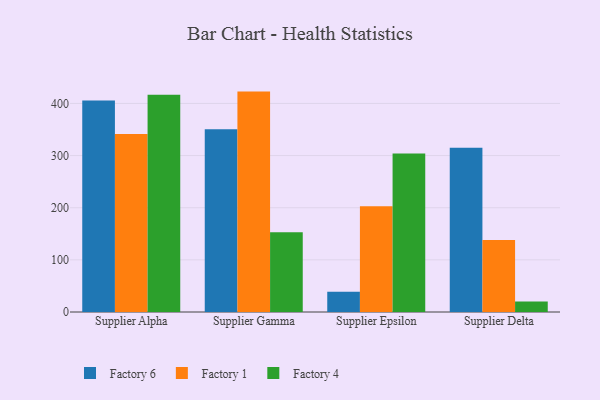
{"axis": {"x": "Supplier", "y": "Population (Million)"}, "legend": ["Factory 1", "Factory 4", "Factory 6"], "data": [{"x": "Supplier Alpha", "y": 405.7, "type": "Factory 6"}, {"x": "Supplier Alpha", "y": 341.2, "type": "Factory 1"}, {"x": "Supplier Alpha", "y": 416.8, "type": "Factory 4"}, {"x": "Supplier Gamma", "y": 350.3, "type": "Factory 6"}, {"x": "Supplier Gamma", "y": 422.7, "type": "Factory 1"}, {"x": "Supplier Gamma", "y": 153.1, "type": "Factory 4"}, {"x": "Supplier Epsilon", "y": 38.6, "type": "Factory 6"}, {"x": "Supplier Epsilon", "y": 202.6, "type": "Factory 1"}, {"x": "Supplier Epsilon", "y": 304.1, "type": "Factory 4"}, {"x": "Supplier Delta", "y": 314.8, "type": "Factory 6"}, {"x": "Supplier Delta", "y": 138.1, "type": "Factory 1"}, {"x": "Supplier Delta", "y": 20.1, "type": "Factory 4"}]}